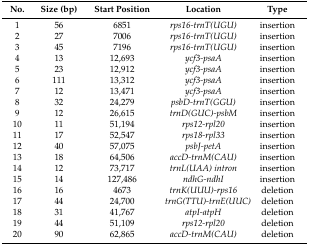
| No. | Size (bp) | Start Position | Location | Type |
 | --- | --- | --- | --- | --- |
 | 1 | 56 | 6851 | rps16-trnT(UGU) | insertion |
 | 2 | 27 | 7006 | rps16-trnT(UGU) | insertion |
 | 3 | 45 | 7196 | rps16-trnT(UGU) | insertion |
 | 4 | 13 | 12,693 | ycf3-psaA | insertion |
 | 5 | 23 | 12,912 | ycf3-psaA | insertion |
 | 6 | 111 | 13,312 | ycf3-psaA | insertion |
 | 7 | 12 | 13,471 | ycf3-psaA | insertion |
 | 8 | 32 | 24,279 | psbD-trnT(GGU) | insertion |
 | 9 | 12 | 26,615 | trnD(GUC)-psbM | insertion |
 | 10 | 11 | 51,194 | rps12-rpl20 | insertion |
 | 11 | 17 | 52,547 | rps18-rpl33 | insertion |
 | 12 | 40 | 57,075 | psbJ-petA | insertion |
 | 13 | 18 | 64,506 | accD-trnM(CAU) | insertion |
 | 14 | 12 | 73,717 | trnL(UAA) intron | insertion |
 | 15 | 14 | 127,486 | ndhG-ndhI | insertion |
 | 16 | 16 | 4673 | trnK(UUU)-rps16 | deletion |
 | 17 | 44 | 24,700 | trnG(TTU)-trnE(UUC) | deletion |
 | 18 | 31 | 41,767 | atpI-atpH | deletion |
 | 19 | 44 | 51,109 | rps12-rpl20 | deletion |
 | 20 | 90 | 62,865 | accD-trnM(CAU) | deletion |